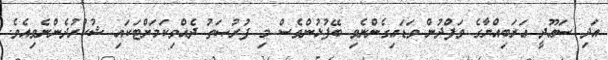
އަދި ސަޢޫދީ ޢަރަބިއްޔާގެ ވަފްދުން ވަޑައިގެންނެވި ބޭފުޅުންވެސް މި ފުރުޞަތު ދެއްވިކަމަށްޓަކައި ޝުކުރުދެންނެވިއެވެ.